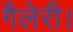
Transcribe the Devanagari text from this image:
गैलेरी।